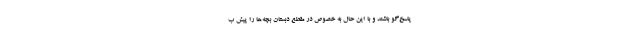
پاسخ‌گو باشند و با این حال به خصوص در مقطع دبستان بچه‌ها را پیش ب